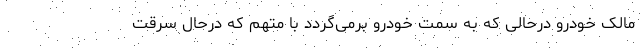
مالک خودرو درحالی که به سمت خودرو برمی‌گردد با متهم که درحال سرقت